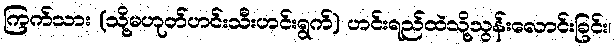
ကြက်သား (သို့မဟုတ်ဟင်းသီးဟင်းရွက်) ဟင်းရည်ထဲသို့သွန်းလောင်းခြင်း၊